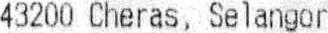
43200 CHERAS, SELANGOR